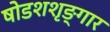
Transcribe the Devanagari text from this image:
षोडशशृङ्गार